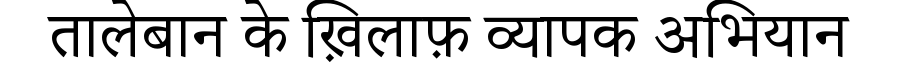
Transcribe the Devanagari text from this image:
तालेबान के ख़िलाफ़ व्यापक अभियान